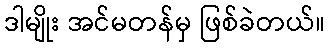
ဒါမျိုး အင်မတန်မှ ဖြစ်ခဲတယ်။